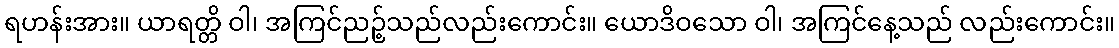
ရဟန်းအား။ ယာရတ္တိ ဝါ၊ အကြင်ညဉ့်သည်လည်းကောင်း။ ယောဒိဝသော ဝါ၊ အကြင်နေ့သည် လည်းကောင်း။